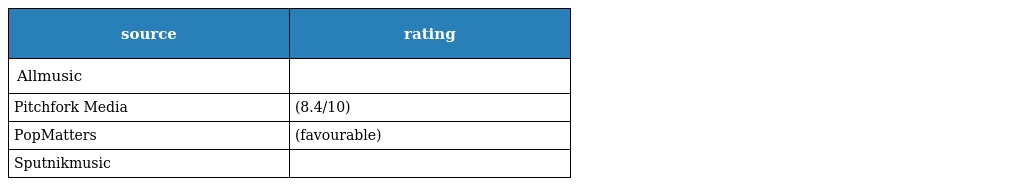
| source | rating |
 | --- | --- |
 | Allmusic |  |
 | Pitchfork Media | (8.4/10) |
 | PopMatters | (favourable) |
 | Sputnikmusic |  |